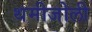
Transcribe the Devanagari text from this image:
थमीजोली